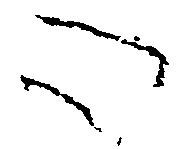
心